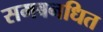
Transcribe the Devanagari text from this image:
समबनधित